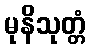
မုနိသုတ္တံ